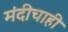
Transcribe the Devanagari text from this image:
मंदीचाही